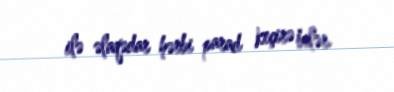
ilə əlaqədar hərbi parad keçirə bilər.